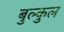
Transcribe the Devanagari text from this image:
बुल्कुल